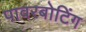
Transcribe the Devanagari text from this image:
पावरबोटिंग